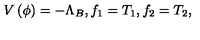
V \left( \phi \right) = - \Lambda _ { B } , f _ { 1 } = T _ { 1 } , f _ { 2 } = T _ { 2 } ,